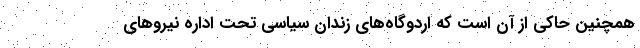
همچنین حاکی از آن است که اردوگاه‌های زندان سیاسی تحت اداره نیروهای